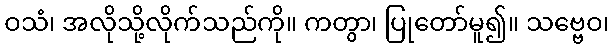
ဝသံ၊ အလိုသို့လိုက်သည်ကို။ ကတွာ၊ ပြုတော်မူ၍။ သဗ္ဗေဝ၊